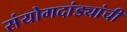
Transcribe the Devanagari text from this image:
संयोगदांड्यांची